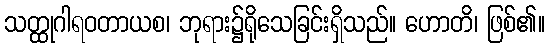
သတ္ထုဂါရဝတာယစ၊ ဘုရား၌ရိုသေခြင်းရှိသည်။ ဟောတိ၊ ဖြစ်၏။